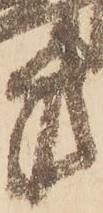
方